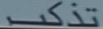
تذکر